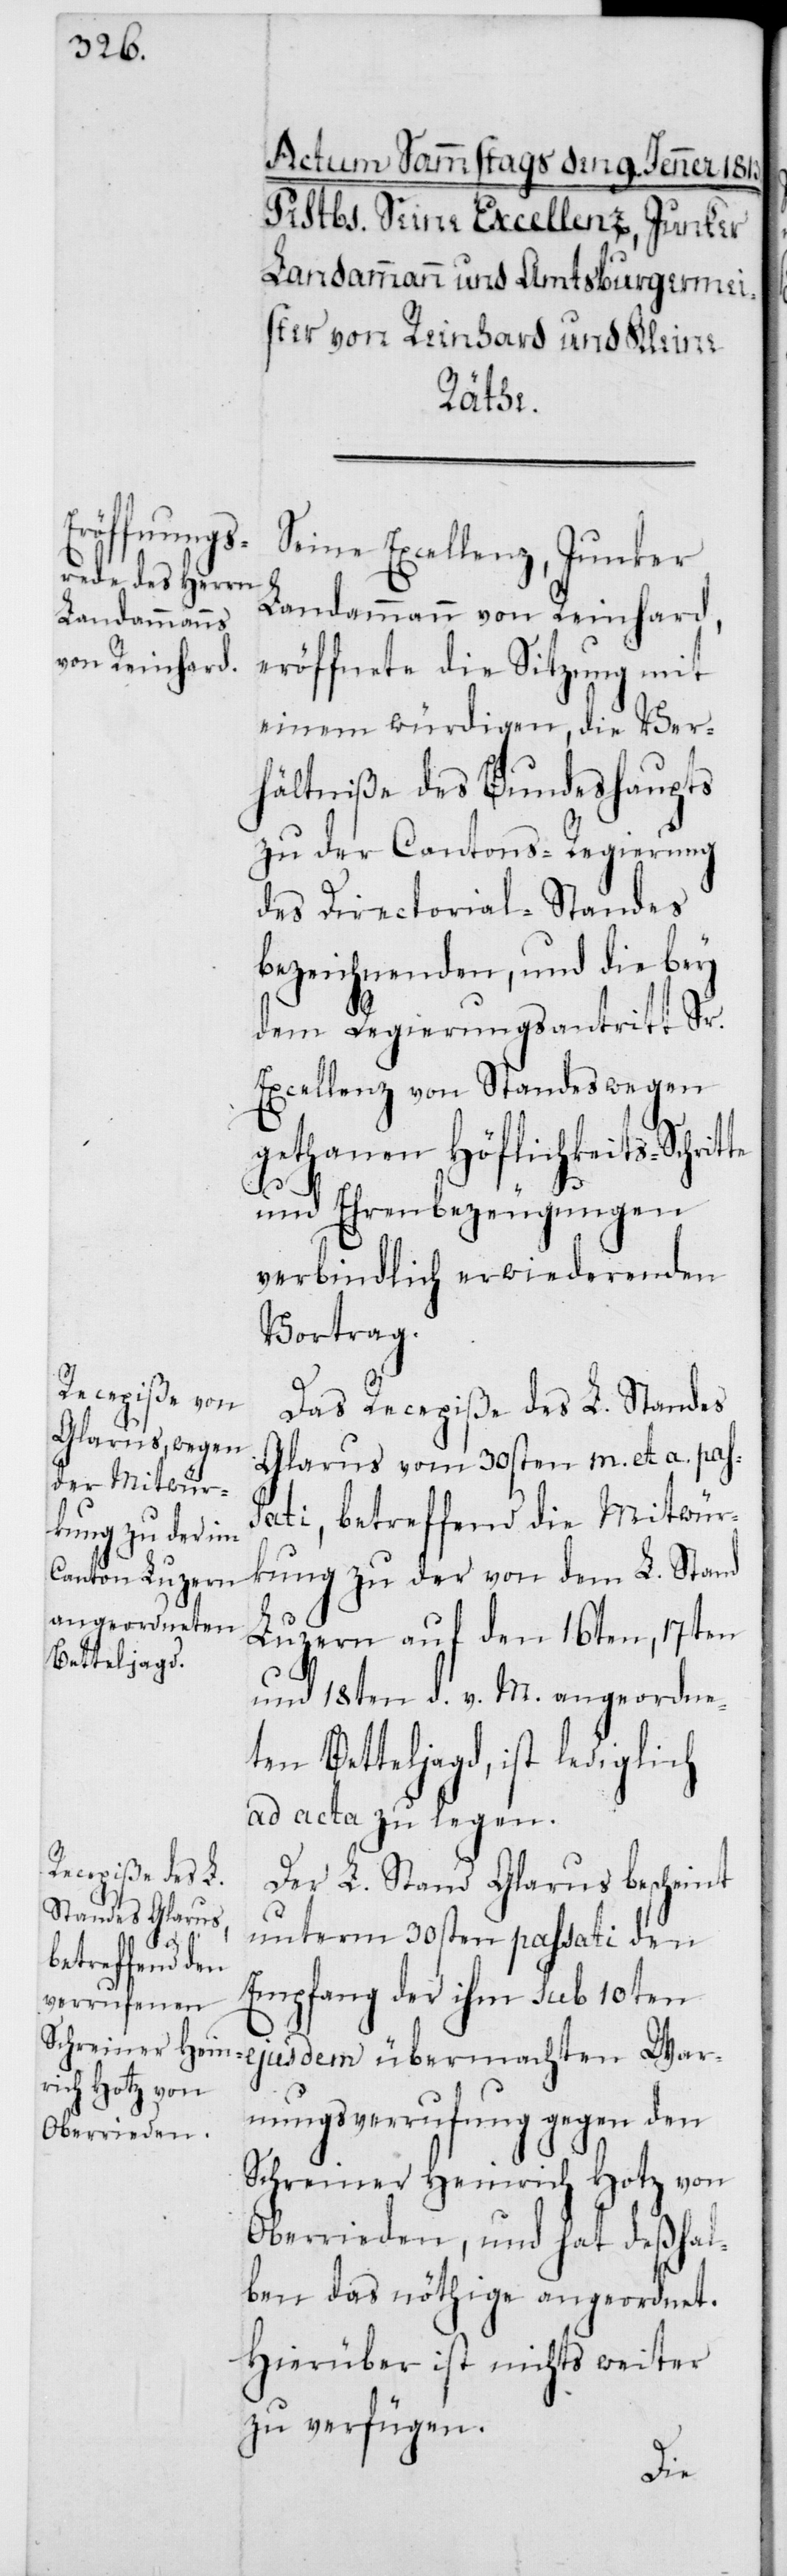
Seine Excellenz, Junker
Landammann von Reinhard,
eröffnete die Sitzung mit
einem würdigen, die Ver¬
hältniße des Bundeshaupts
zu der Cantons-Regierung
des Directorial-Standes
bezeichnenden, und die bey
dem Regierungsantritt Sr.
Excellenz von Standes wegen
gethanen Höflichkeits-Schrit¬
und Ehrenbezeugungen
verbindlich erwiederenden
Vortrag.
Das Recepiße des L. Standes
Glarus vom 30sten m. et. a. pas¬
sati, betreffend die Mitwür¬
kung zu der von dem L. Stand
Luzern auf den 16ten, 17ten
und 18ten d. v. M. angeordne¬
ten Betteljagd, ist lediglich
ad acta zu legen.
Der L. Stand Glarus bescheint
unterm 30sten passati den
Empfang der ihm sub 10ten
ejusdem übermachten War¬
nungsverrufung gegen den
Schreiner Heinrich Hotz von
Oberrieden, und hat deßhal¬
ben das nöthige angeordnet.
Hierüber ist nichts weiter
zu verfügen.
te